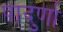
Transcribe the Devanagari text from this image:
पादुर्णा